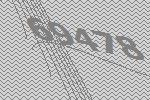
69478